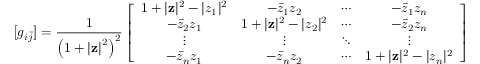
{ \bigl [ } g _ { i { \bar { j } } } { \bigr ] } = { \frac { 1 } { \left( 1 + | \mathbf { z } | { \vphantom { l } } ^ { 2 } \right) ^ { 2 } } } \left[ { \begin{array} { c c c c } { 1 + | \mathbf { z } | ^ { 2 } - | z _ { 1 } | ^ { 2 } } & { - { \bar { z } } _ { 1 } z _ { 2 } } & { \cdots } & { - { \bar { z } } _ { 1 } z _ { n } } \\ { - { \bar { z } } _ { 2 } z _ { 1 } } & { 1 + | \mathbf { z } | ^ { 2 } - | z _ { 2 } | ^ { 2 } } & { \cdots } & { - { \bar { z } } _ { 2 } z _ { n } } \\ { \vdots } & { \vdots } & { \ddots } & { \vdots } \\ { - { \bar { z } } _ { n } z _ { 1 } } & { - { \bar { z } } _ { n } z _ { 2 } } & { \cdots } & { 1 + | \mathbf { z } | ^ { 2 } - | z _ { n } | ^ { 2 } } \end{array} } \right]